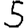
Digit: 5